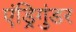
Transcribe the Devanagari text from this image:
एंड्रिगुंडर